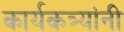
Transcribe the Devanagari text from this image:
कार्यकत्र्यांनी